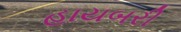
હાયબરી